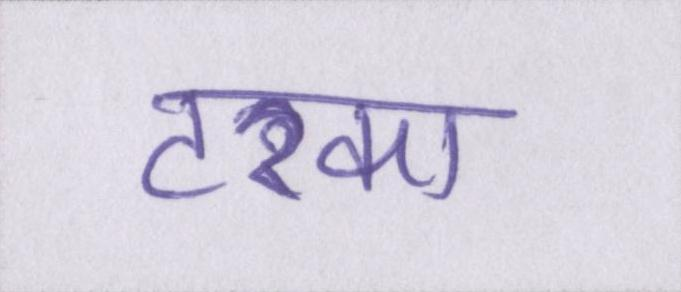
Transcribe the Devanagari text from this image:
टरका